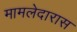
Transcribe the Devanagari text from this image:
मामलेदारास